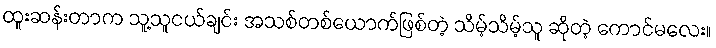
ထူးဆန်းတာက သူ့သူငယ်ချင်း အသစ်တစ်ယောက်ဖြစ်တဲ့ သိမ့်သိမ့်သူ ဆိုတဲ့ ကောင်မလေး။